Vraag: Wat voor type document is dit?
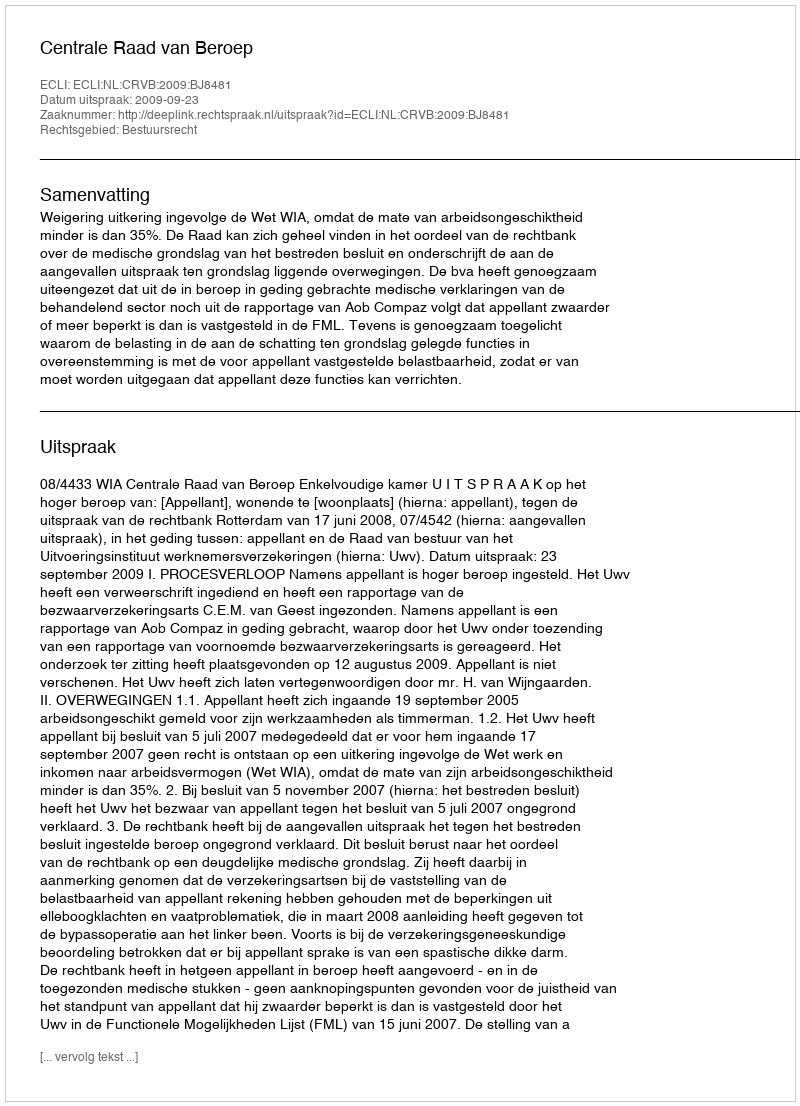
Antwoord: Uitspraak